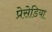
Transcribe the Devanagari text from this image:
प्रेसेडिया